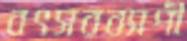
বৎসরব্যাপী